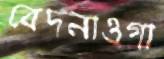
বেদনাওগা